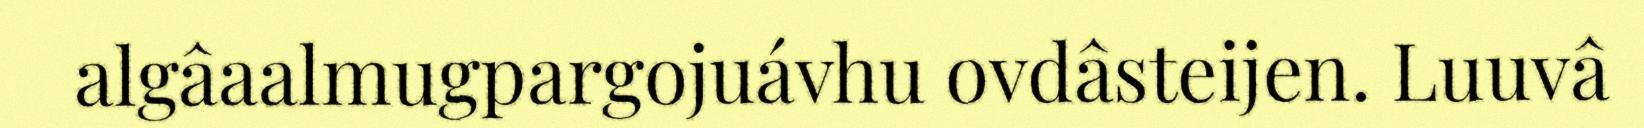
algâaalmugpargojuávhu ovdâsteijen. Luuvâ